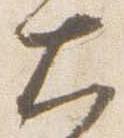
大